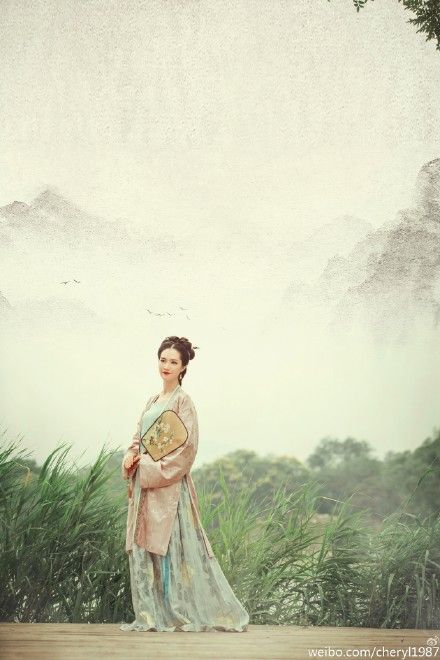
绿叶阴浓，遍池亭水阁，偏趁凉多。